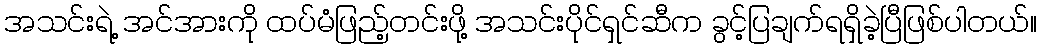
အသင်းရဲ့ အင်အားကို ထပ်မံဖြည့်တင်းဖို့ အသင်းပိုင်ရှင်ဆီက ခွင့်ပြချက်ရရှိခဲ့ပြီဖြစ်ပါတယ်။